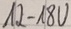
Text: 12-18V